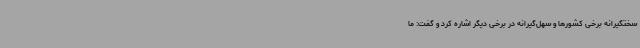
سختگیرانه برخی کشورها و سهل‌گیرانه در برخی دیگر اشاره کرد و گفت: ما